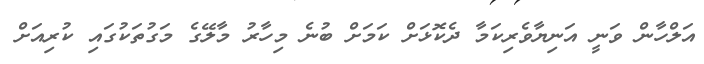
އަލްހާން ވަނީ އަނިޔާވެރިކަމާ ދެކޮޅަށް ކަމަށް ބުނެ މިހާރު މާލޭގެ މަގުތަކުގައި ކުރިއަށް